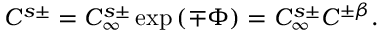
C ^ { s \pm } = C _ { \infty } ^ { s \pm } \exp \left( \mp \Phi \right) = C _ { \infty } ^ { s \pm } C ^ { \pm \beta } .